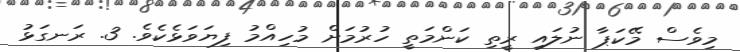
މިވެސް މޭކަޕާ ނުލައި ރީތި ކަންމަތީ ހުރުމަށް މުހިއްމު ފިޔަވަޅެކެވެ. 3. ރަނގަޅު